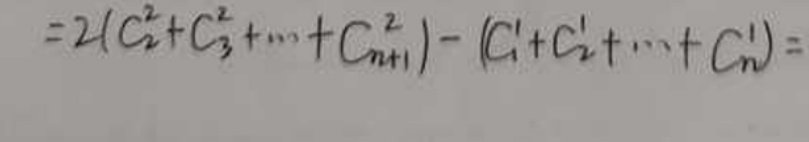
\[
=2\left(C_{2}^{2}+C_{3}^{2}+\cdots +C_{n + 1}^{2}\right)-\left(C_{1}^{1}+C_{2}^{1}+\cdots +C_{n}^{1}\right)=
\]